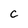
Character: c